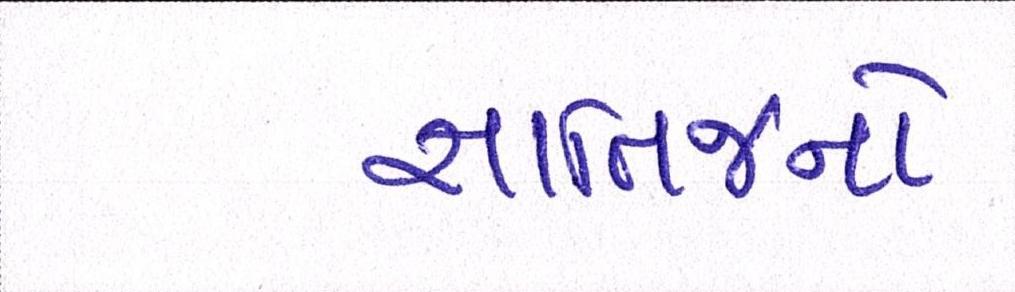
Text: જ્ઞાતિજનો